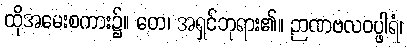
ထိုအမေးစကား၌။ တေ၊ အရှင်ဘုရား၏။ ဉာဏဗလဝပ္ဖါရံ၊